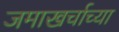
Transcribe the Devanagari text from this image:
जमाखर्चाच्या